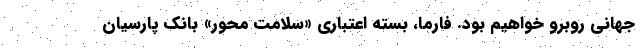
جهانی روبرو خواهیم بود. فارما، بسته اعتباری «سلامت محور» بانک پارسیان